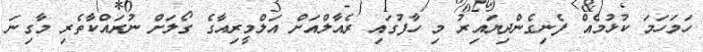
ހަމަހަމަ ކުޅުމެއް ފެނިގެންދިޔައިރު މި ހާފުގައި ރެއާލްއަށް އަލްމީރިއާގެ ގޯލަށް ނުރައްކާތެރި މާގިނަ